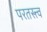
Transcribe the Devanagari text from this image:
परतस्त्त्व